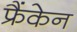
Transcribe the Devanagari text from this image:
फ्रैंकेन